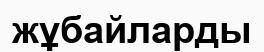
жұбайларды